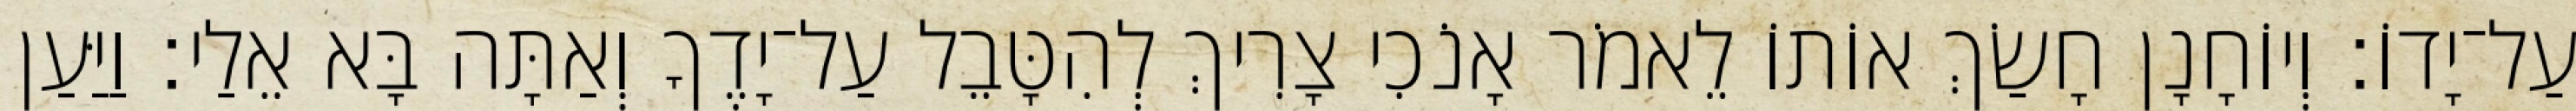
עַל־יָדוֹ׃ וְיוֹחָנָן חָשַׂךְ אוֹתוֹ לֵאמֹר אָנֹכִי צָרִיךְ לְהִטָּבֵל עַל־יָדֶךָ וְאַתָּה בָּא אֵלַי׃ וַיַּעַן